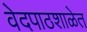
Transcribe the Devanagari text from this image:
वेदपाठशाळेत